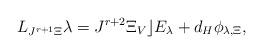
LaTeX: \begin{gather*}L_{ J^{r+1}\Xi} \lambda = J^{r+2} \Xi_V \rfloor E_\lambda + d_H \phi_{\lambda, \Xi} ,\end{gather*}